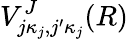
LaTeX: V_{j\kappa_{j},j^{\prime}\kappa_{j}}^{J}(R)